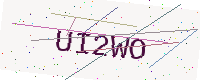
Text: UI2WO